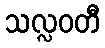
သလ္လဝတီ